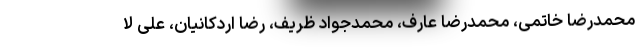
محمدرضا خاتمی، محمدرضا عارف، محمدجواد ظریف، رضا اردکانیان، علی لا